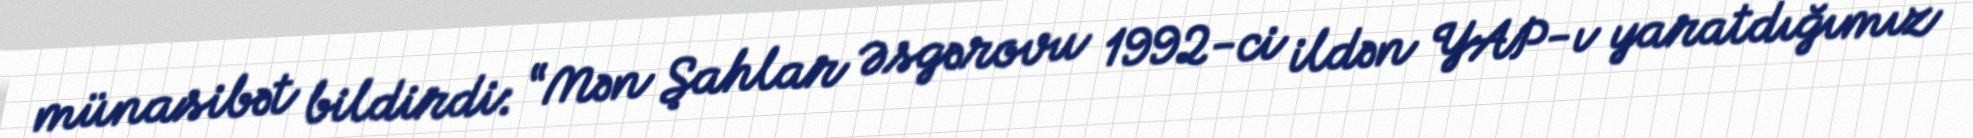
münasibət bildirdi: “Mən Şahlar Əsgərovu 1992-ci ildən YAP-ı yaratdığımız